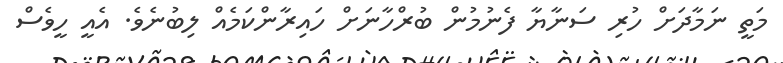
މަތީ ނަމާދަށް ހުރި ސަނާޔާ ފެނުމުން ބުރްހާނަށް ހައިރާންކަމެއް ލިބުނެވެ. އެއީ ހީވެސް